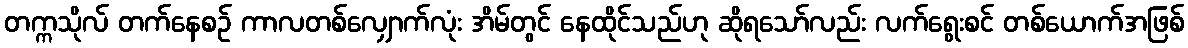
တက္ကသိုလ် တက်နေစဉ် ကာလတစ်လျှောက်လုံး အိမ်တွင် နေထိုင်သည်ဟု ဆိုရသော်လည်း လက်ရွေးစင် တစ်ယောက်အဖြစ်